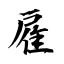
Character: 雇